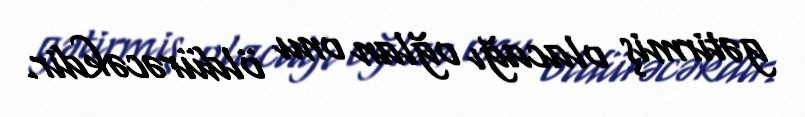
gətirmiş olacağı oğlan onu öldürəcəkdir.